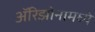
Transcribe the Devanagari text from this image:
अॅरिझोनामध्ये